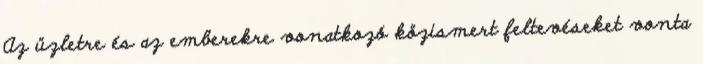
Az üzletre és az emberekre vonatkozó közismert feltevéseket vonta